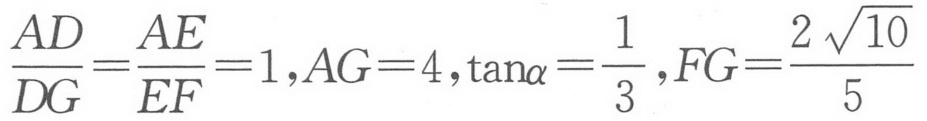
$\dfrac{AD}{DG}=\dfrac{AE}{EF}=1,AG = 4,\tan\alpha=\dfrac{1}{3},FG=\dfrac{2\sqrt{10}}{5}$